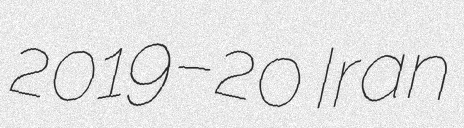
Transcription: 2019–20 Iran